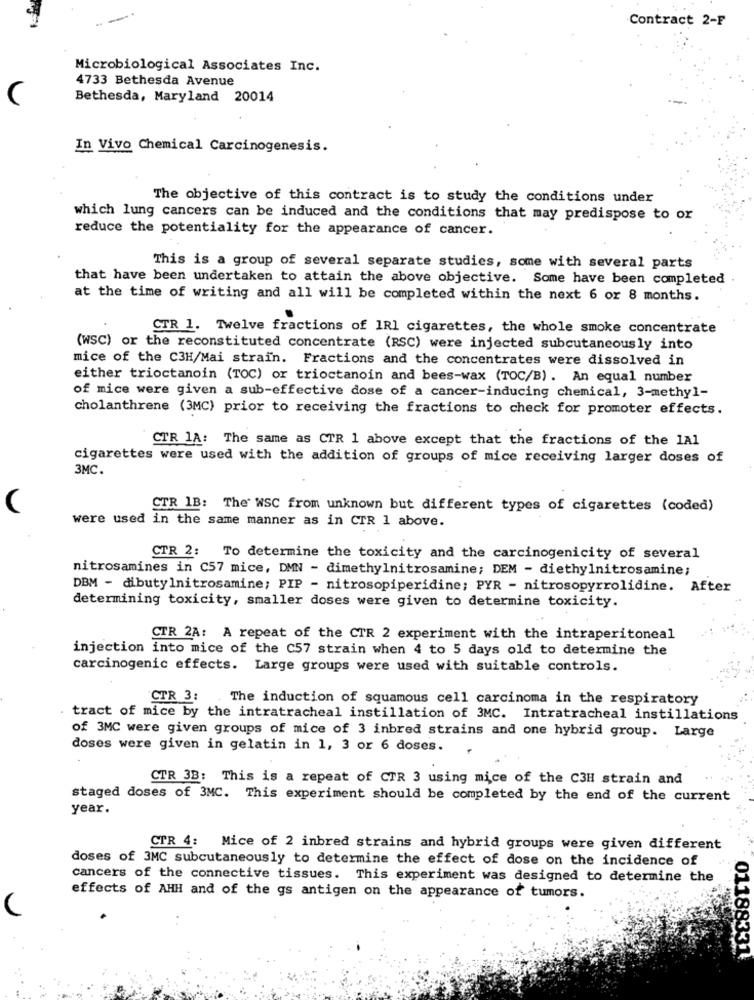
Contract 2-F
Microbiological Associates Inc.
4733 Bethesda Avenue
Bethesda, Maryland 20014
In Vivo Chemical Carcinogenesis.
The objective of this contract is to study the conditions under
which lung cancers can be induced and the conditions that may predispose to or
reduce the potentiality for the appearance of cancer.
This is a group of several separate studies, some with several parts
that have been undertaken to attain the above objective. Some have been completed
at the time of writing and all will be completed within the next 6 or 8 months.
CTR 1. Twelve fractions of 1RI cigarettes, the whole smoke concentrate
(WSC) or the reconstituted concentrate (RSC) were injected subcutaneously into
mice of the C3H/Mai strain. Fractions and the concentrates were dissolved in
either trioctanoin (TOC) or trioctanoin and bees-wax (TOC/B). An equal number
of mice were given a sub-effective dose of a cancer-inducing chemical, 3-methyl-
cholanthrene (3MC) prior to receiving the fractions to check for promoter effects.
CTR 1A: The same as CTR 1 above except that the fractions of the 1A1
cigarettes were used with the addition of groups of mice receiving larger doses of
3MC.
CTR 1B: The WSC from unknown but different types of cigarettes (coded)
were used in the same manner as in CTR 1 above.
CTR 2: To determine the toxicity and the carcinogenicity of several
nitrosamines in C57 mice, DMN - dimethylnitrosamine; DEM - diethylnitrosamine;
DBM - dibutylnitrosamine; PIP - nitrosopiperidine; PYR - nitrosopyrrolidine. After
determining toxicity, smaller doses were given to determine toxicity.
CTR 2A: A repeat of the CTR 2 experiment with the intraperitoneal
injection into mice of the C57 strain when 4 to 5 days old to determine the
carcinogenic effects. Large groups were used with suitable controls.
CTR 3:
The induction of squamous cell carcinoma in the respiratory
tract of mice by the intratracheal instillation of 3MC. Intratracheal instillations
of 3MC were given groups of mice of 3 inbred strains and one hybrid group. Large
doses were given in gelatin in 1, 3 or 6 doses.
CTR 3B: This is a repeat of CTR 3 using mice of the C3H strain and
staged doses of 3MC. This experiment should be completed by the end of the current
year.
CTR 4: Mice of 2 inbred strains and hybrid groups were given different
doses of 3MC subcutaneously to determine the effect of dose on the incidence of
cancers of the connective tissues. This experiment was designed to determine the
effects of AHH and of the gs antigen on the appearance of tumors.
011883